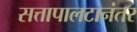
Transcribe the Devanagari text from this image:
सत्तापालटानंतर